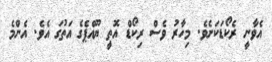
އެވާނީ ރެކޯޑަކަށެވެ. މިހާރު ވެސް ރިކޯޑް އޮތީ ޔޫއްޕެގެ އަތުގަ އެވެ. އެންމެ